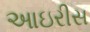
આઇરીસ